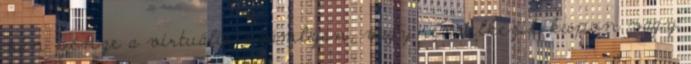
van pénze a virtuális számláján, vagy rendelkezik kupon vagy